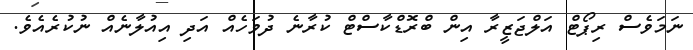
ނަމަވެސް ރިޕޯޓް އަލްޖަޒީރާ އިން ބްރޮޑްކާސްޓް ކުރާނެ ދުވަހެއް އަދި އިއުލާނެއް ނުކުރެއެވެ.